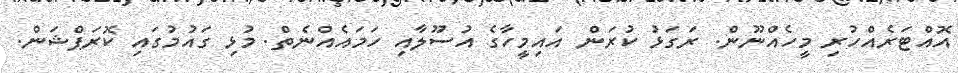
އޮއްޓަރެއްހުރި މީހެއްނޫން. ރަގަޅުު ކުރަން އައިމީހާގެ އުސޫލާއި ހަމައެއްނެތް. މުޅި ގައުމުގައި ކޮރަޕްޝަން.